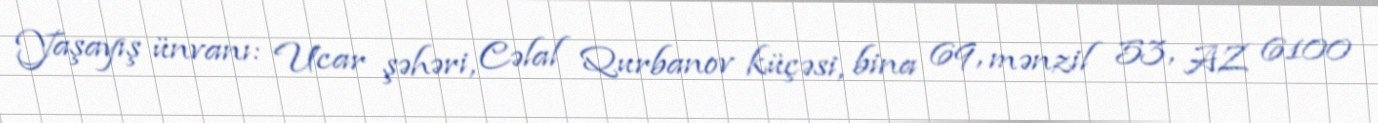
Yaşayış ünvanı: Ucar şəhəri, Cəlal Qurbanov küçəsi, bina 69, mənzil 53, AZ 6100